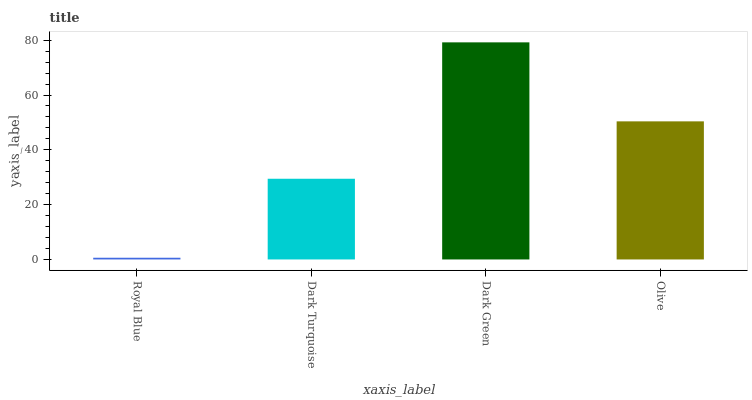
| xaxis_label | bars |
 | --- | --- |
 | Royal Blue | 0.627 |
 | Dark Turquoise | 29.4 |
 | Dark Green | 79.2 |
 | Olive | 50.4 |